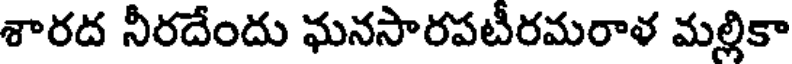
శారద నీరదేందు ఘనసారపటీరమరాళ మల్లికా